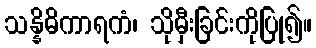
သန္နိဓိကာရကံ၊ သိုမှီးခြင်းကိုပြု၍။